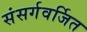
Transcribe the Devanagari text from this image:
संसर्गवर्जित